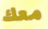
معك